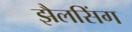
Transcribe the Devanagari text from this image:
झैलसिंग